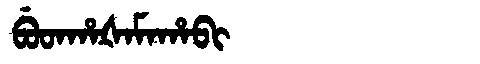
Manchu: ᠪᡠᡨᡥᠠᡧᠠᠮᠠᡥᠠᠪᡳ
Romanization: BUTHAŠAMAHABI